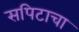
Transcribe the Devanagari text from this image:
सपिटाचा